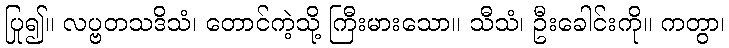
ပြု၍။ လပ္ဗတသဒိသံ၊ တောင်ကဲ့သို့ ကြီးမားသော။ သီသံ၊ ဦးခေါင်းကို။ ကတွာ၊